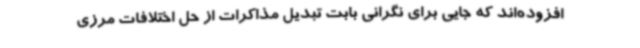
افزوده‌اند که جایی برای نگرانی بابت تبدیل مذاکرات از حل اختلافات مرزی